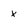
Character: x